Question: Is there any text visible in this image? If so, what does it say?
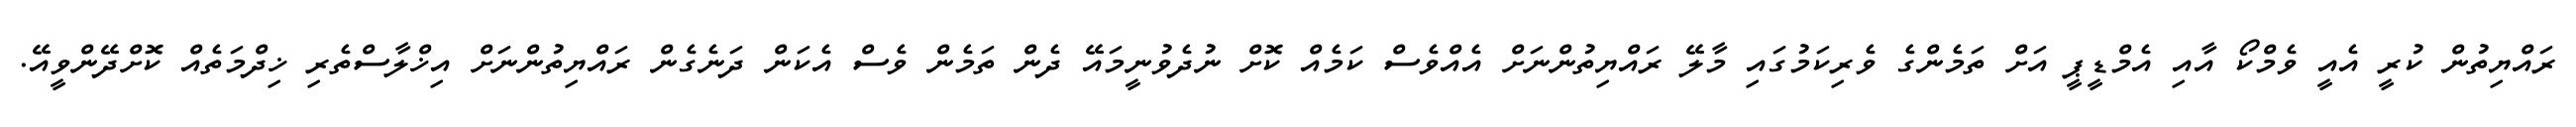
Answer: ރައްޔިތުން ކުރީ އެއީ ވެމްކޯ އާއި އެމްޑީޕީ އަށް ތަމެންގެ ވެރިކަމުގައި މާލޭ ރައްޔިތުންނަށް އެއްވެސް ކަމެއް ކޮށް ނުދެވުނީމައޭ ދެން ތަމެން ވެސް އެކަން ދަނެގެން ރައްޔިތުންނަށް އިޚްލާސްތެރި ޚިދްމަތެއް ކޮށްދޭންވީއޭ.